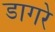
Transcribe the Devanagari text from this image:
डागरे